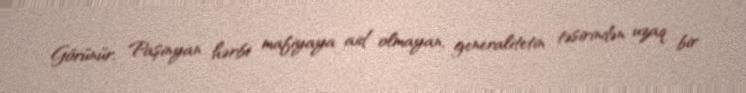
Görünür, Paşinyan hərbi mafiyaya aid olmayan, generalitetin təsirindən uzaq bir